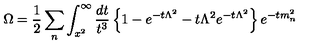
\Omega = \frac { 1 } { 2 } \sum _ { n } \int _ { x ^ { 2 } } ^ { \infty } \frac { d t } { t ^ { 3 } } \left\{ 1 - e ^ { - t \Lambda ^ { 2 } } - t \Lambda ^ { 2 } e ^ { - t \Lambda ^ { 2 } } \right\} e ^ { - t m _ { n } ^ { 2 } }